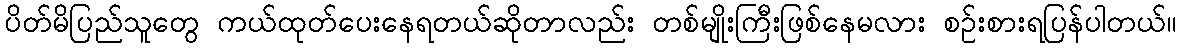
ပိတ်မိပြည်သူတွေ ကယ်ထုတ်ပေးနေရတယ်ဆိုတာလည်း တစ်မျိုးကြီးဖြစ်နေမလား စဉ်းစားရပြန်ပါတယ်။